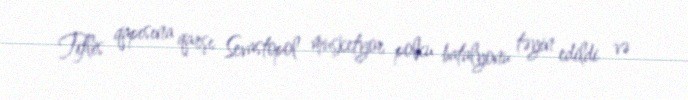
Tiflis qapısına qarşı Sevastopol muşketyor polku batalyonu təyin edildi və